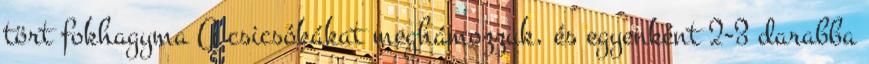
tört fokhagyma A csicsókákat meghámozzuk, és egyenként 2-3 darabba